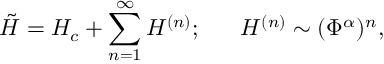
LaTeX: \tilde { H } = H _ { c } + \sum _ { n = 1 } ^ { \infty } H ^ { ( n ) } ; ~ ~ ~ ~ ~ H ^ { ( n ) } \sim ( \Phi ^ { \alpha } ) ^ { n } ,